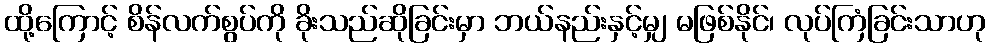
ထို့ကြောင့် စိန်လက်စွပ်ကို ခိုးသည်ဆိုခြင်းမှာ ဘယ်နည်းနှင့်မျှ မဖြစ်နိုင်၊ လုပ်ကြံခြင်းသာဟု